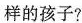
样的孩子?